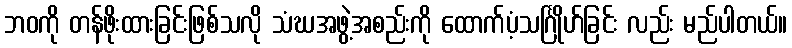
ဘဝကို တန်ဖိုးထားခြင်းဖြစ်သလို သံဃအဖွဲ့အစည်းကို ထောက်ပံ့သင်္ဂြိုဟ်ခြင်း လည်း မည်ပါတယ်။